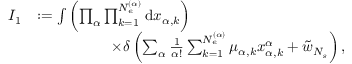
\begin{array} { r l } { I _ { 1 } } & { : = \int { \left( \prod _ { \alpha } \prod _ { k = 1 } ^ { N _ { e } ^ { ( \alpha ) } } { \mathrm { d } x _ { \alpha , k } } \right) } } \\ & { \qquad \qquad \quad \times \delta \left( \sum _ { \alpha } \frac { 1 } { \alpha ! } \sum _ { k = 1 } ^ { N _ { e } ^ { ( \alpha ) } } { \mu _ { \alpha , k } x _ { \alpha , k } ^ { \alpha } } + \tilde { w } _ { N _ { s } } \right) , } \end{array}